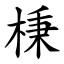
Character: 棅